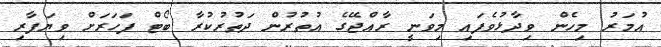
އުމަރު މިހެން ވިދާޅުވެފައި މިވަނީ ރާއްޖޭގެ އުތުރުން ދަތުރުކުރާ ބޯޓް ފަހަރަށް ވިޔަފާރި